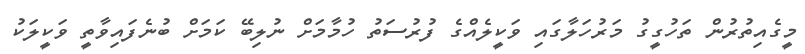
މީގެއިތުރުން ތަހުގީގު މަރުހަލާގައި ވަކީލެއްގެ ފުރުސަތު ހުމާމަށް ނުލިބޭ ކަމަށް ބުނެފައިވާތީ ވަކީލަކު